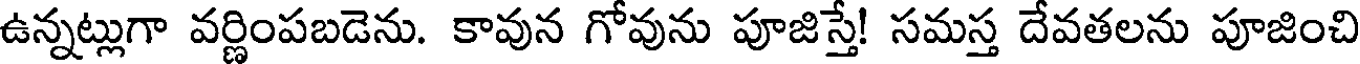
ఉన్నట్లుగా వర్ణింపబడెను. కావున గోవును పూజిస్తే! సమస్త దేవతలను పూజించి